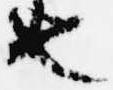
也